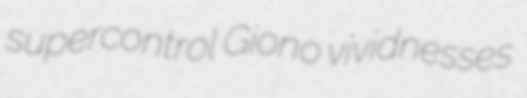
supercontrol Giono vividnesses